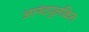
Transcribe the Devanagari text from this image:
आनंदपुलकित